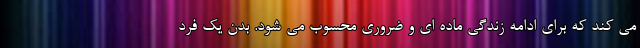
می کند که برای ادامه زندگی ماده ای و ضروری محسوب می شود. بدن یک فرد